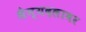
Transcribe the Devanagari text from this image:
सैन्यदलावर